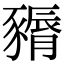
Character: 𧱽